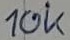
Text: 10k